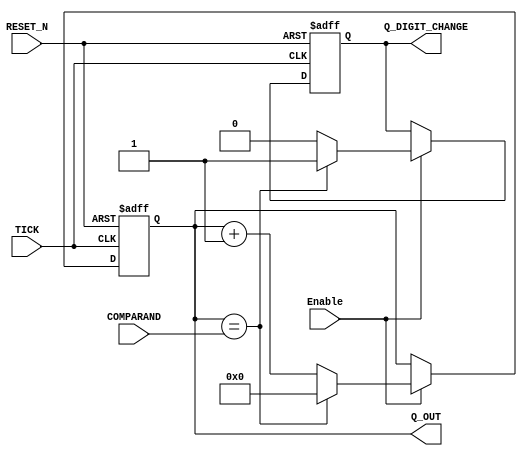
/*
 * COMPARAND MUST BE "EXPECTED VALUE - 1"
 *
 *	E.G.) 0.5 Seconds -> COMPARAND = 25_000_000 - 1 = 24_999_999
 * 1hz clock -> COMPARAND = 100_000_000 - 1
 */

module modulo_Counter_with_Comparand(TICK,
                                     RESET_N,
                                     Q_OUT,
                                     Q_DIGIT_CHANGE,
                                     COMPARAND,
                                     Enable);
    
    parameter n = 32;
    input TICK, RESET_N, Enable;
    input [n-1:0] COMPARAND;
    output reg [n-1:0]Q_OUT;
    output reg Q_DIGIT_CHANGE;
    
    initial
    begin
        Q_OUT          = 0;
        Q_DIGIT_CHANGE = 0;
    end
    
    always@(posedge TICK or negedge RESET_N)
    begin
        if (~RESET_N)
        begin
            Q_OUT          = 0;
            Q_DIGIT_CHANGE = 0;
        end
        else
        begin   // If Reset        
            if (Enable)
            begin
                if (Q_OUT == COMPARAND)
                begin
                    Q_OUT          = 0;
                    Q_DIGIT_CHANGE = 1; // Duty = 1/n%, Works as Clock
                end
                else
                begin
                    Q_OUT          = Q_OUT + 1;
                    Q_DIGIT_CHANGE = 0; // -_________-_________
                end
            end // End Enable            
        end     // End Reset
    end
    
endmodule
// EOF